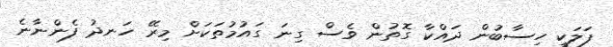
ފަލަކީ ހިސާބުން ދައްކާ ގޮތުން ވެސް ގިނަ ގައުމުތަކަށް މިރޭ ހަނދު ފެންނާނެ